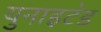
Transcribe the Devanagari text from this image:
युनाइट॓ड